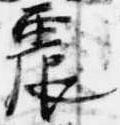
震